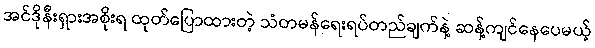
အင်ဒိုနီးရှားအစိုးရ ထုတ်ပြောထားတဲ့ သံတမန်ရေးရပ်တည်ချက်နဲ့ ဆန့်ကျင်နေပေမယ့်